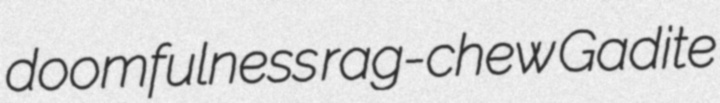
doomfulness rag-chew Gadite